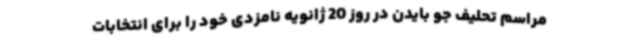
مراسم تحلیف جو بایدن در روز 20 ژانویه نامزدی خود را برای انتخابات